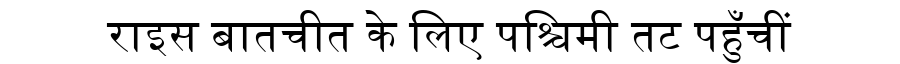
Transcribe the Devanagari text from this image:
राइस बातचीत के लिए पश्चिमी तट पहुँचीं